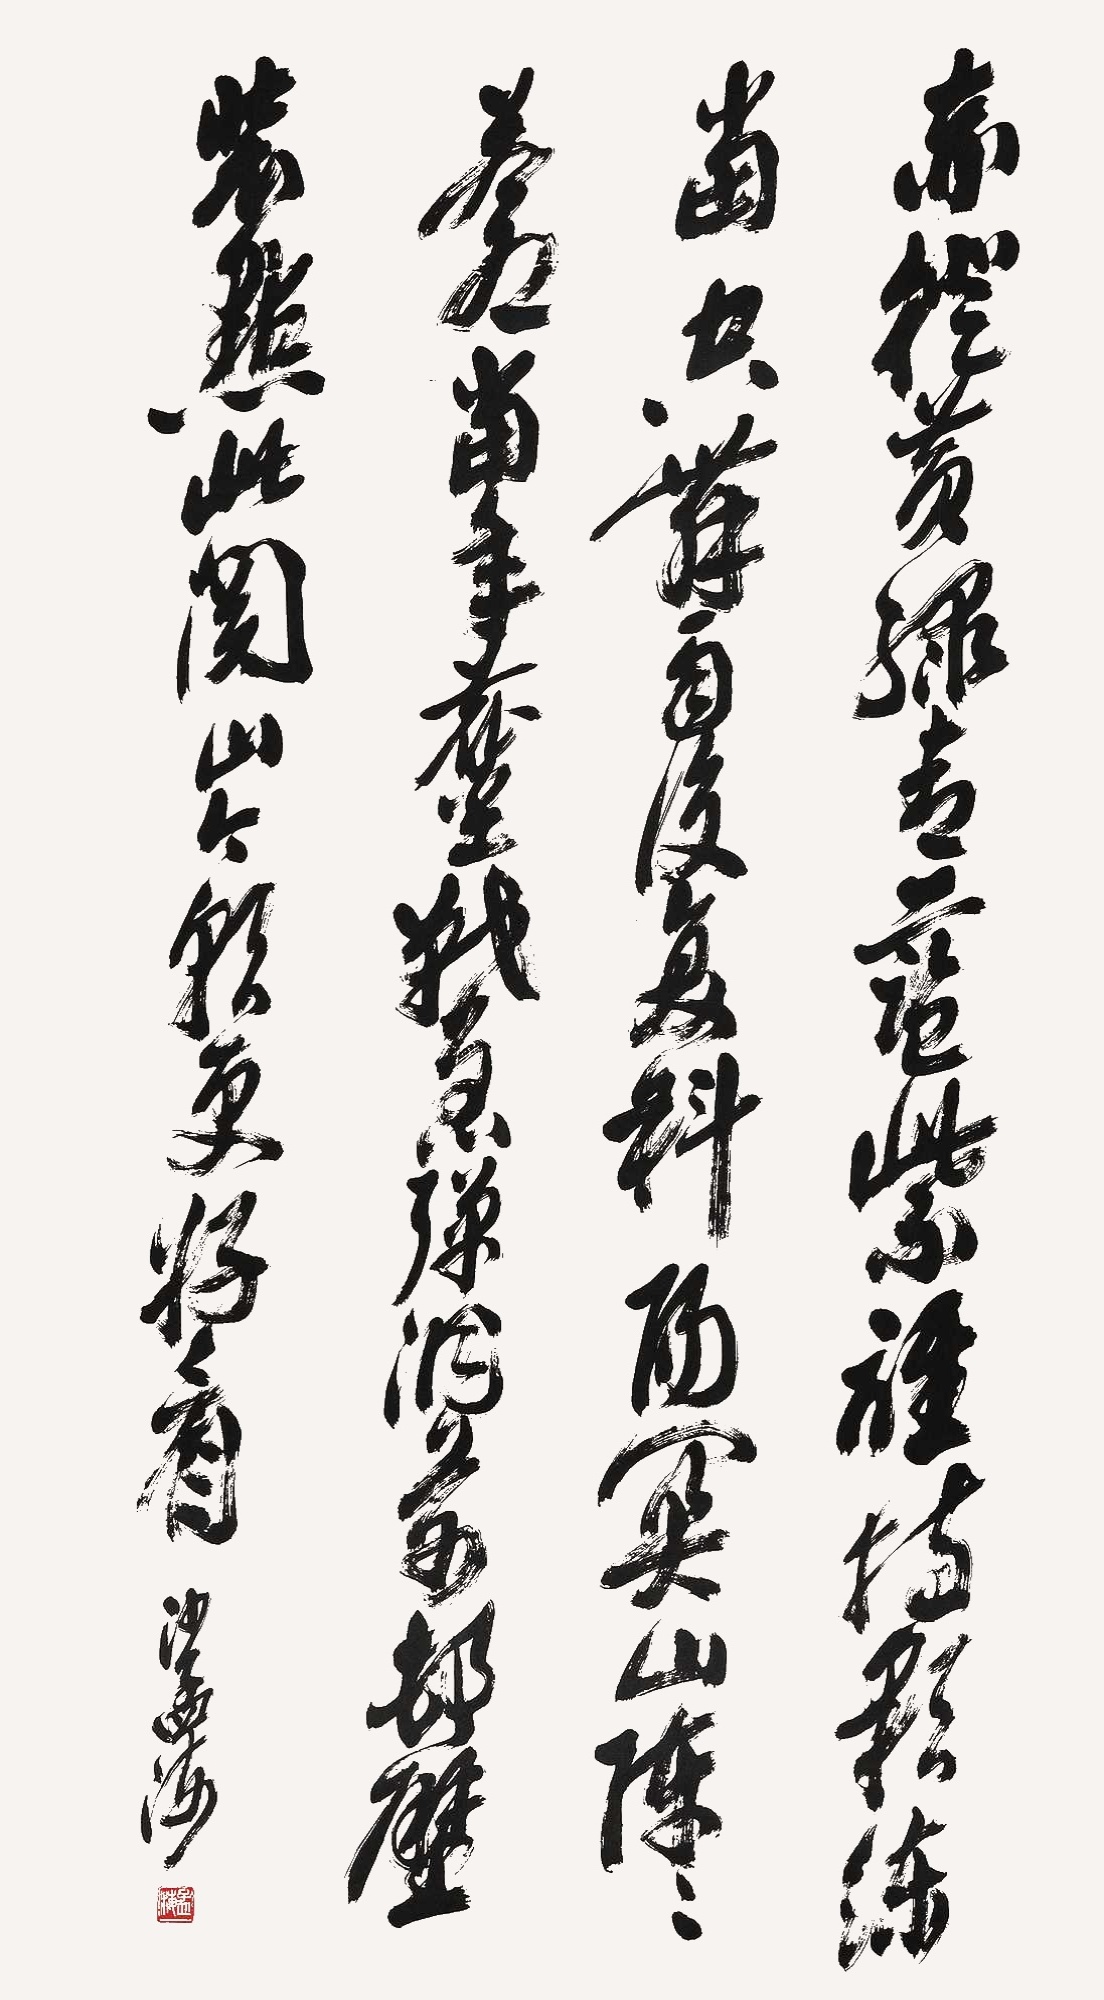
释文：赤橙黄绿青蓝紫，谁持彩练当空舞，雨后复斜阳，关山阵阵苍。当年鏖战急，弹洞前村壁。装点此关山，今朝更好看。沙孟海。